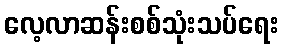
လေ့လာဆန်းစစ်သုံးသပ်ရေး